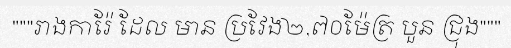
"""រាងការ៉ែ ដែល មាន ប្រវែង២,៧០ម៉ែត្រ បួន ជ្រុង"""